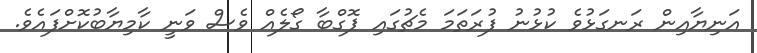
އަނިޔާއިން ރަނގަޅުވެ ކުޅުނު ފުރަތަމަ މެޗުގައި ޕޮގްބާ ގޯލެއް ވެސް ވަނީ ކާމިޔާބުކޮށްފައެވެ.